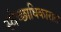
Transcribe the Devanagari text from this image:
स्वेच्छाधिकारात